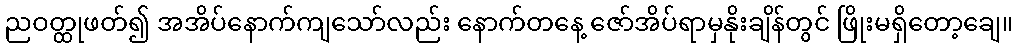
ညဝတ္ထုဖတ်၍ အအိပ်နောက်ကျသော်လည်း နောက်တနေ့ ဇော်အိပ်ရာမှနိုးချိန်တွင် ဖြိုးမရှိတော့ချေ။